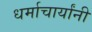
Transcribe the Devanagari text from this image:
धर्माचार्यांनी